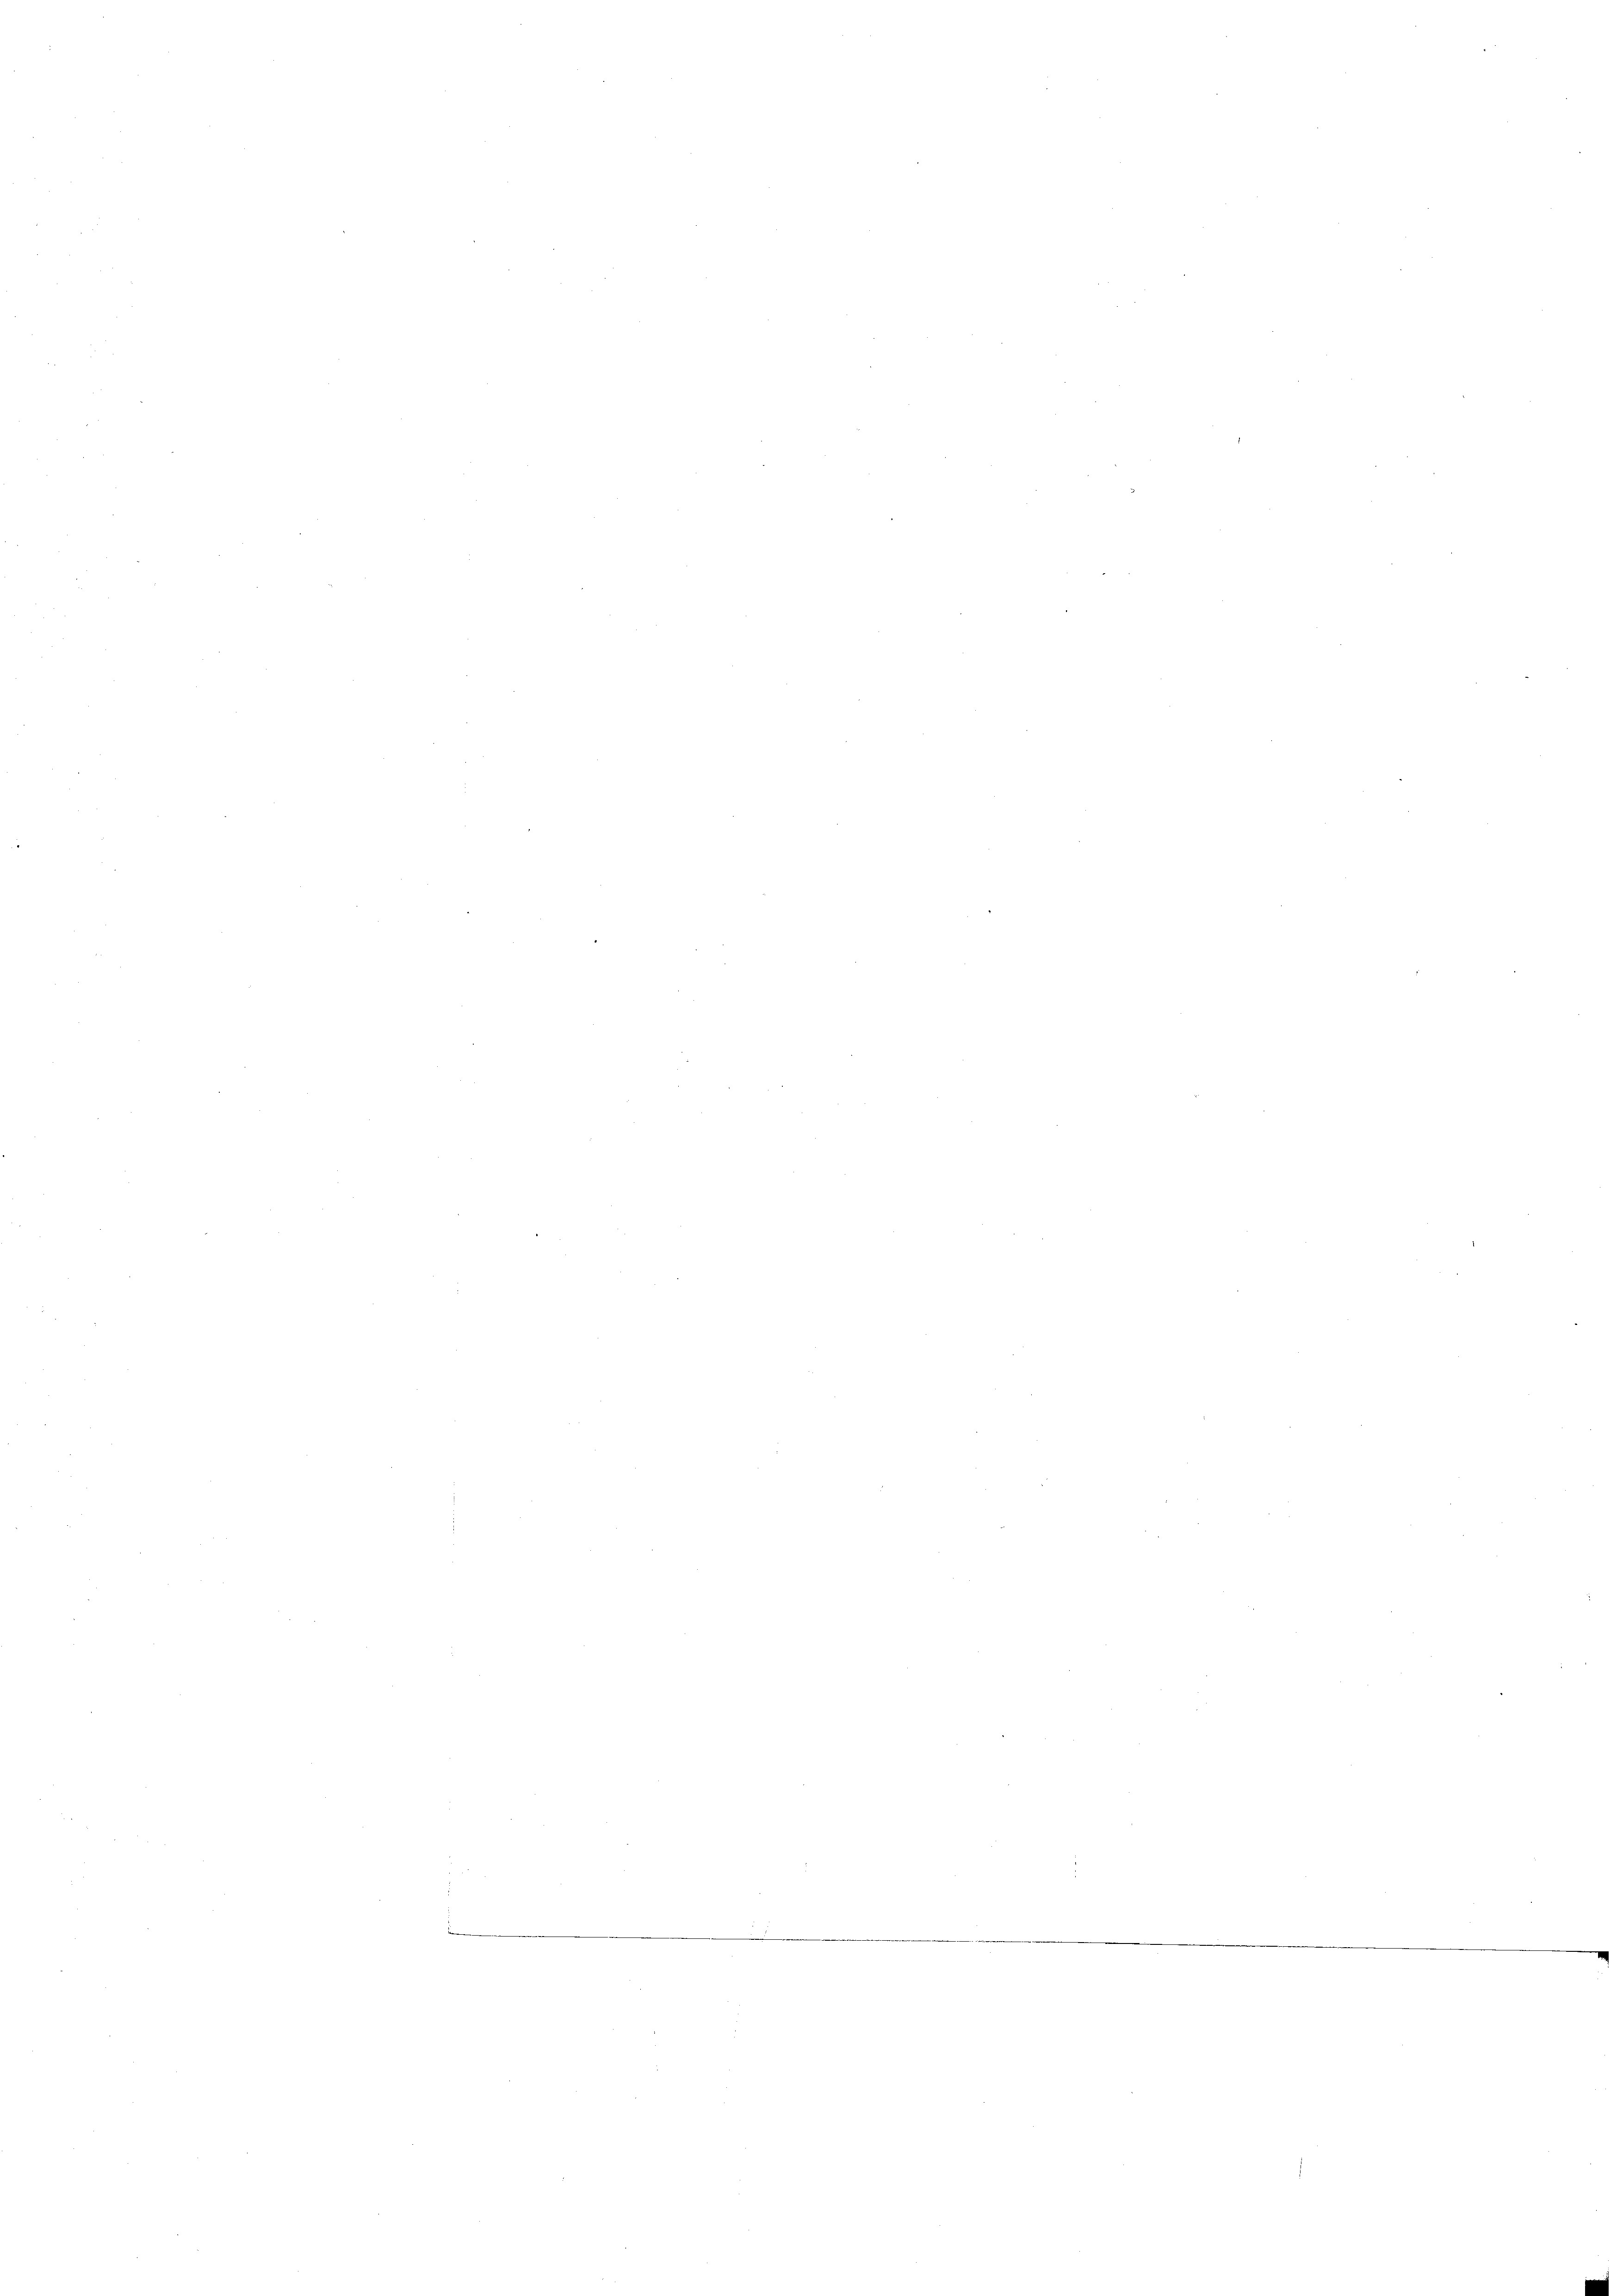
s

e